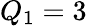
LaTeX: Q_{1}=3